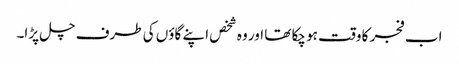
اب فجر کا وقت ہو چکا تھا اور وہ شخص اپنے گاؤں کی طرف چل پڑا۔